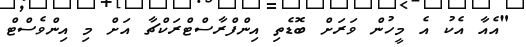
"އެއާ އެކު އެ މީހުން ވަރަށް ބޮޑެތި އިންފްރާސްޓްރަކްޗާ އަށް މި އިންވެސްޓް